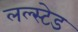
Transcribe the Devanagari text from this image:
लल्स्टेड